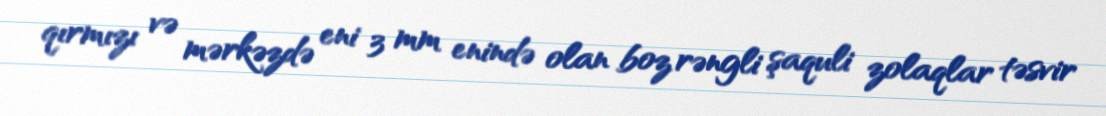
qırmızı və mərkəzdə eni 3 mm enində olan boz rəngli şaquli zolaqlar təsvir